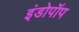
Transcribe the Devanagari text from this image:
इंडोपॉप